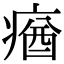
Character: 𤸈